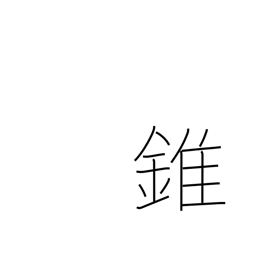
Meaning: cone